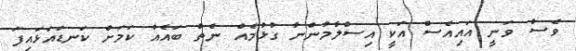
ވެސް ވަނީ އައިއެސް އަކީ އިސްލާމުންނާ ގުޅުމެއް ނެތް ބައެއް ކަމަށް ކަނޑައަޅައިފަ